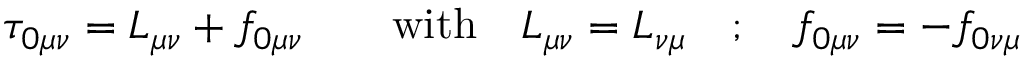
\tau _ { 0 \mu \nu } = L _ { \mu \nu } + f _ { 0 \mu \nu } \qquad \mathrm { w i t h } \quad L _ { \mu \nu } = L _ { \nu \mu } \quad ; \quad f _ { 0 \mu \nu } = - f _ { 0 \nu \mu }